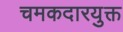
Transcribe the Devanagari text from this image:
चमकदारयुक्त